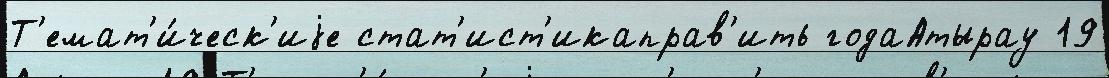
Т'емат'и́ческ'иjе стат'ист'икаправ'ить годаАтырау 19